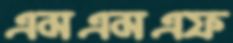
এমএমএফ